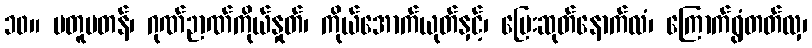
၁၀။ မတူမတန်၊ ဂုဏ်ဉာဏ်ကိုယ်နှုတ်၊ ကိုယ်အောက်ယုတ်နှင့်၊ ပြေးဆုတ်နောက်လံ၊ ကြောက်ရွံတတ်လှ၊